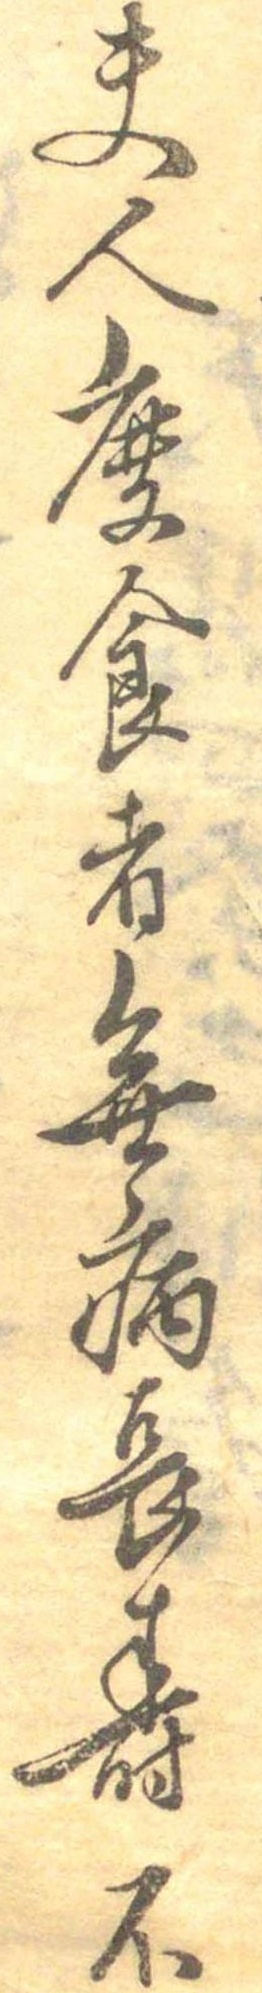
夫人麁食者無病長寿不